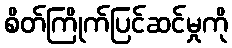
စိတ်ကြိုက်ပြင်ဆင်မှုကို